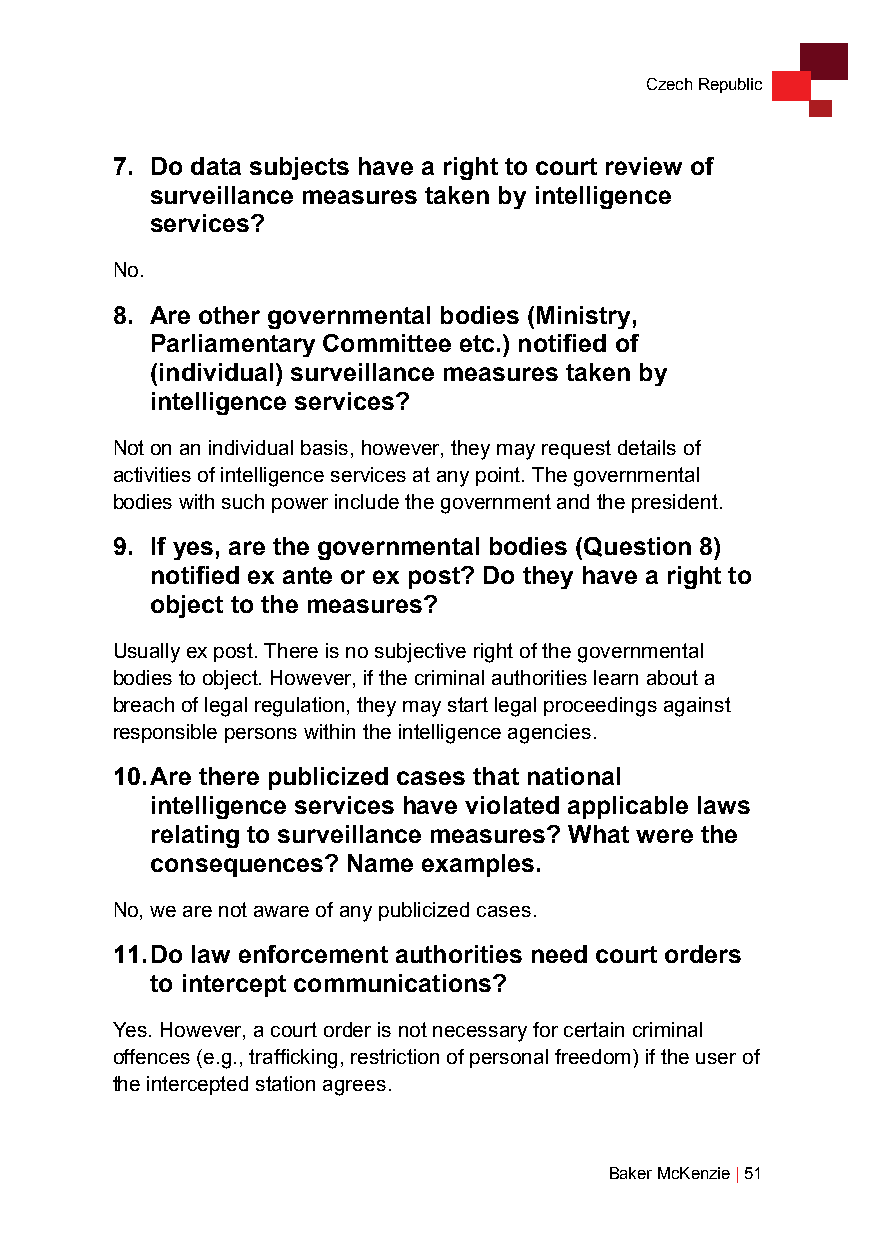
Czech Republic
 7. Do data subjects have a right to court review of
 surveillance measures taken by intelligence
 services?
 No.
 8. Are other governmental bodies (Ministry,
 Parliamentary Committee etc.) notified of
 (individual) surveillance measures taken by
 intelligence services?
 Not on an individual basis, however, they may request details of
 activities of intelligence services at any point. The governmental
 bodies with such power include the government and the president.
 9. If yes, are the governmental bodies (Question 8)
 notified ex ante or ex post? Do they have a right to
 object to the measures?
 Usually ex post. There is no subjective right of the governmental
 bodies to object. However, if the criminal authorities learn about a
 breach of legal regulation, they may start legal proceedings against
 responsible persons within the intelligence agencies.
 10. Are there publicized cases that national
 intelligence services have violated applicable laws
 relating to surveillance measures? What were the
 consequences? Name examples.
 No, we are not aware of any publicized cases.
 11. Do law enforcement authorities need court orders
 to intercept communications?
 Yes. However, a court order is not necessary for certain criminal
 offences (e.g., trafficking, restriction of personal freedom) if the user of
 the intercepted station agrees.
 Baker McKenzie | 51